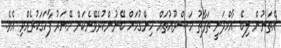
އެތަނުން ލިބޭ އާމްދަނީ ތަފާތު މަޝްރޫއުތައްް ހިންގުމަށް ބޭނުންކުރެވޭނެކަން މޭޔަރު ފާހަގަކުރެއްވި އެވެ.